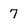
Character: 7